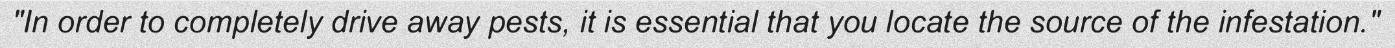
"In order to completely drive away pests, it is essential that you locate the source of the infestation."